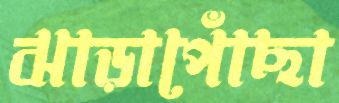
ঝাড়াপোঁছা